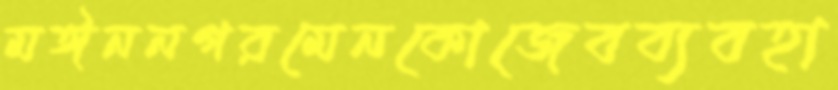
মঈননগরমেনকোজেবব্যবহা